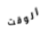
الوقت